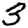
Digit: 3